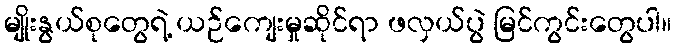
မျိုးနွယ်စုတွေရဲ့ ယဉ်ကျေးမှုဆိုင်ရာ ဖလှယ်ပွဲ မြင်ကွင်းတွေပါ။